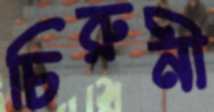
চিরুনী